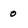
Character: o